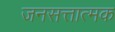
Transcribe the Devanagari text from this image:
जनसत्तात्मक